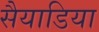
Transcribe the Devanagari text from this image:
सैयाडिया